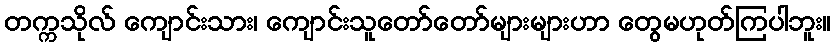
တက္ကသိုလ် ကျောင်းသား၊ ကျောင်းသူတော်တော်များများဟာ တွေမဟုတ်ကြပါဘူး။